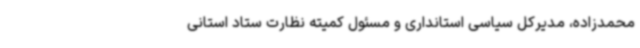
محمدزاده، مدیرکل سیاسی استانداری و مسئول کمیته نظارت ستاد استانی